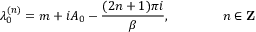
\lambda _ { 0 } ^ { ( n ) } = m + i A _ { 0 } - \frac { ( 2 n + 1 ) \pi i } { \beta } , \qquad \qquad n \in { \bf Z }